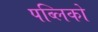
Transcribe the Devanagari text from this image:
पब्लिको